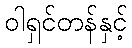
ဝါရှင်တန်နှင့်